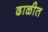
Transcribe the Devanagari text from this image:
ढाळीत